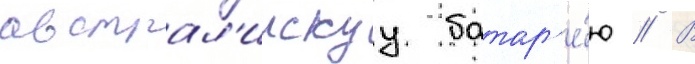
австрал'иискуу батар'е́ю // В